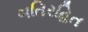
ગતિરહિત